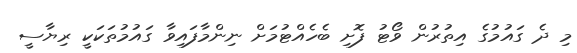
މި ދެ ގައުމުގެ އިތުރުން ވޯޓު ފޮށި ބެހެއްޓުމަށް ނިންމާފައިވާ ގައުމުތަކަކީ ރިޔާސީ